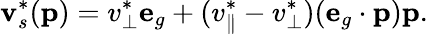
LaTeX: \mathbf{v}_{s}^{*}(\mathbf{p})=v_{\bot}^{*}\mathbf{e}_{g}+(v_{\parallel}^{*}-v_{\bot}^{*})(\mathbf{e}_{g}\cdot\mathbf{p})\mathbf{p}.